Bréfritari: Ólafur Ólafsson
Viðtakandi: Jón Borgfirðingur
Dagsetning: A-1856-03-07

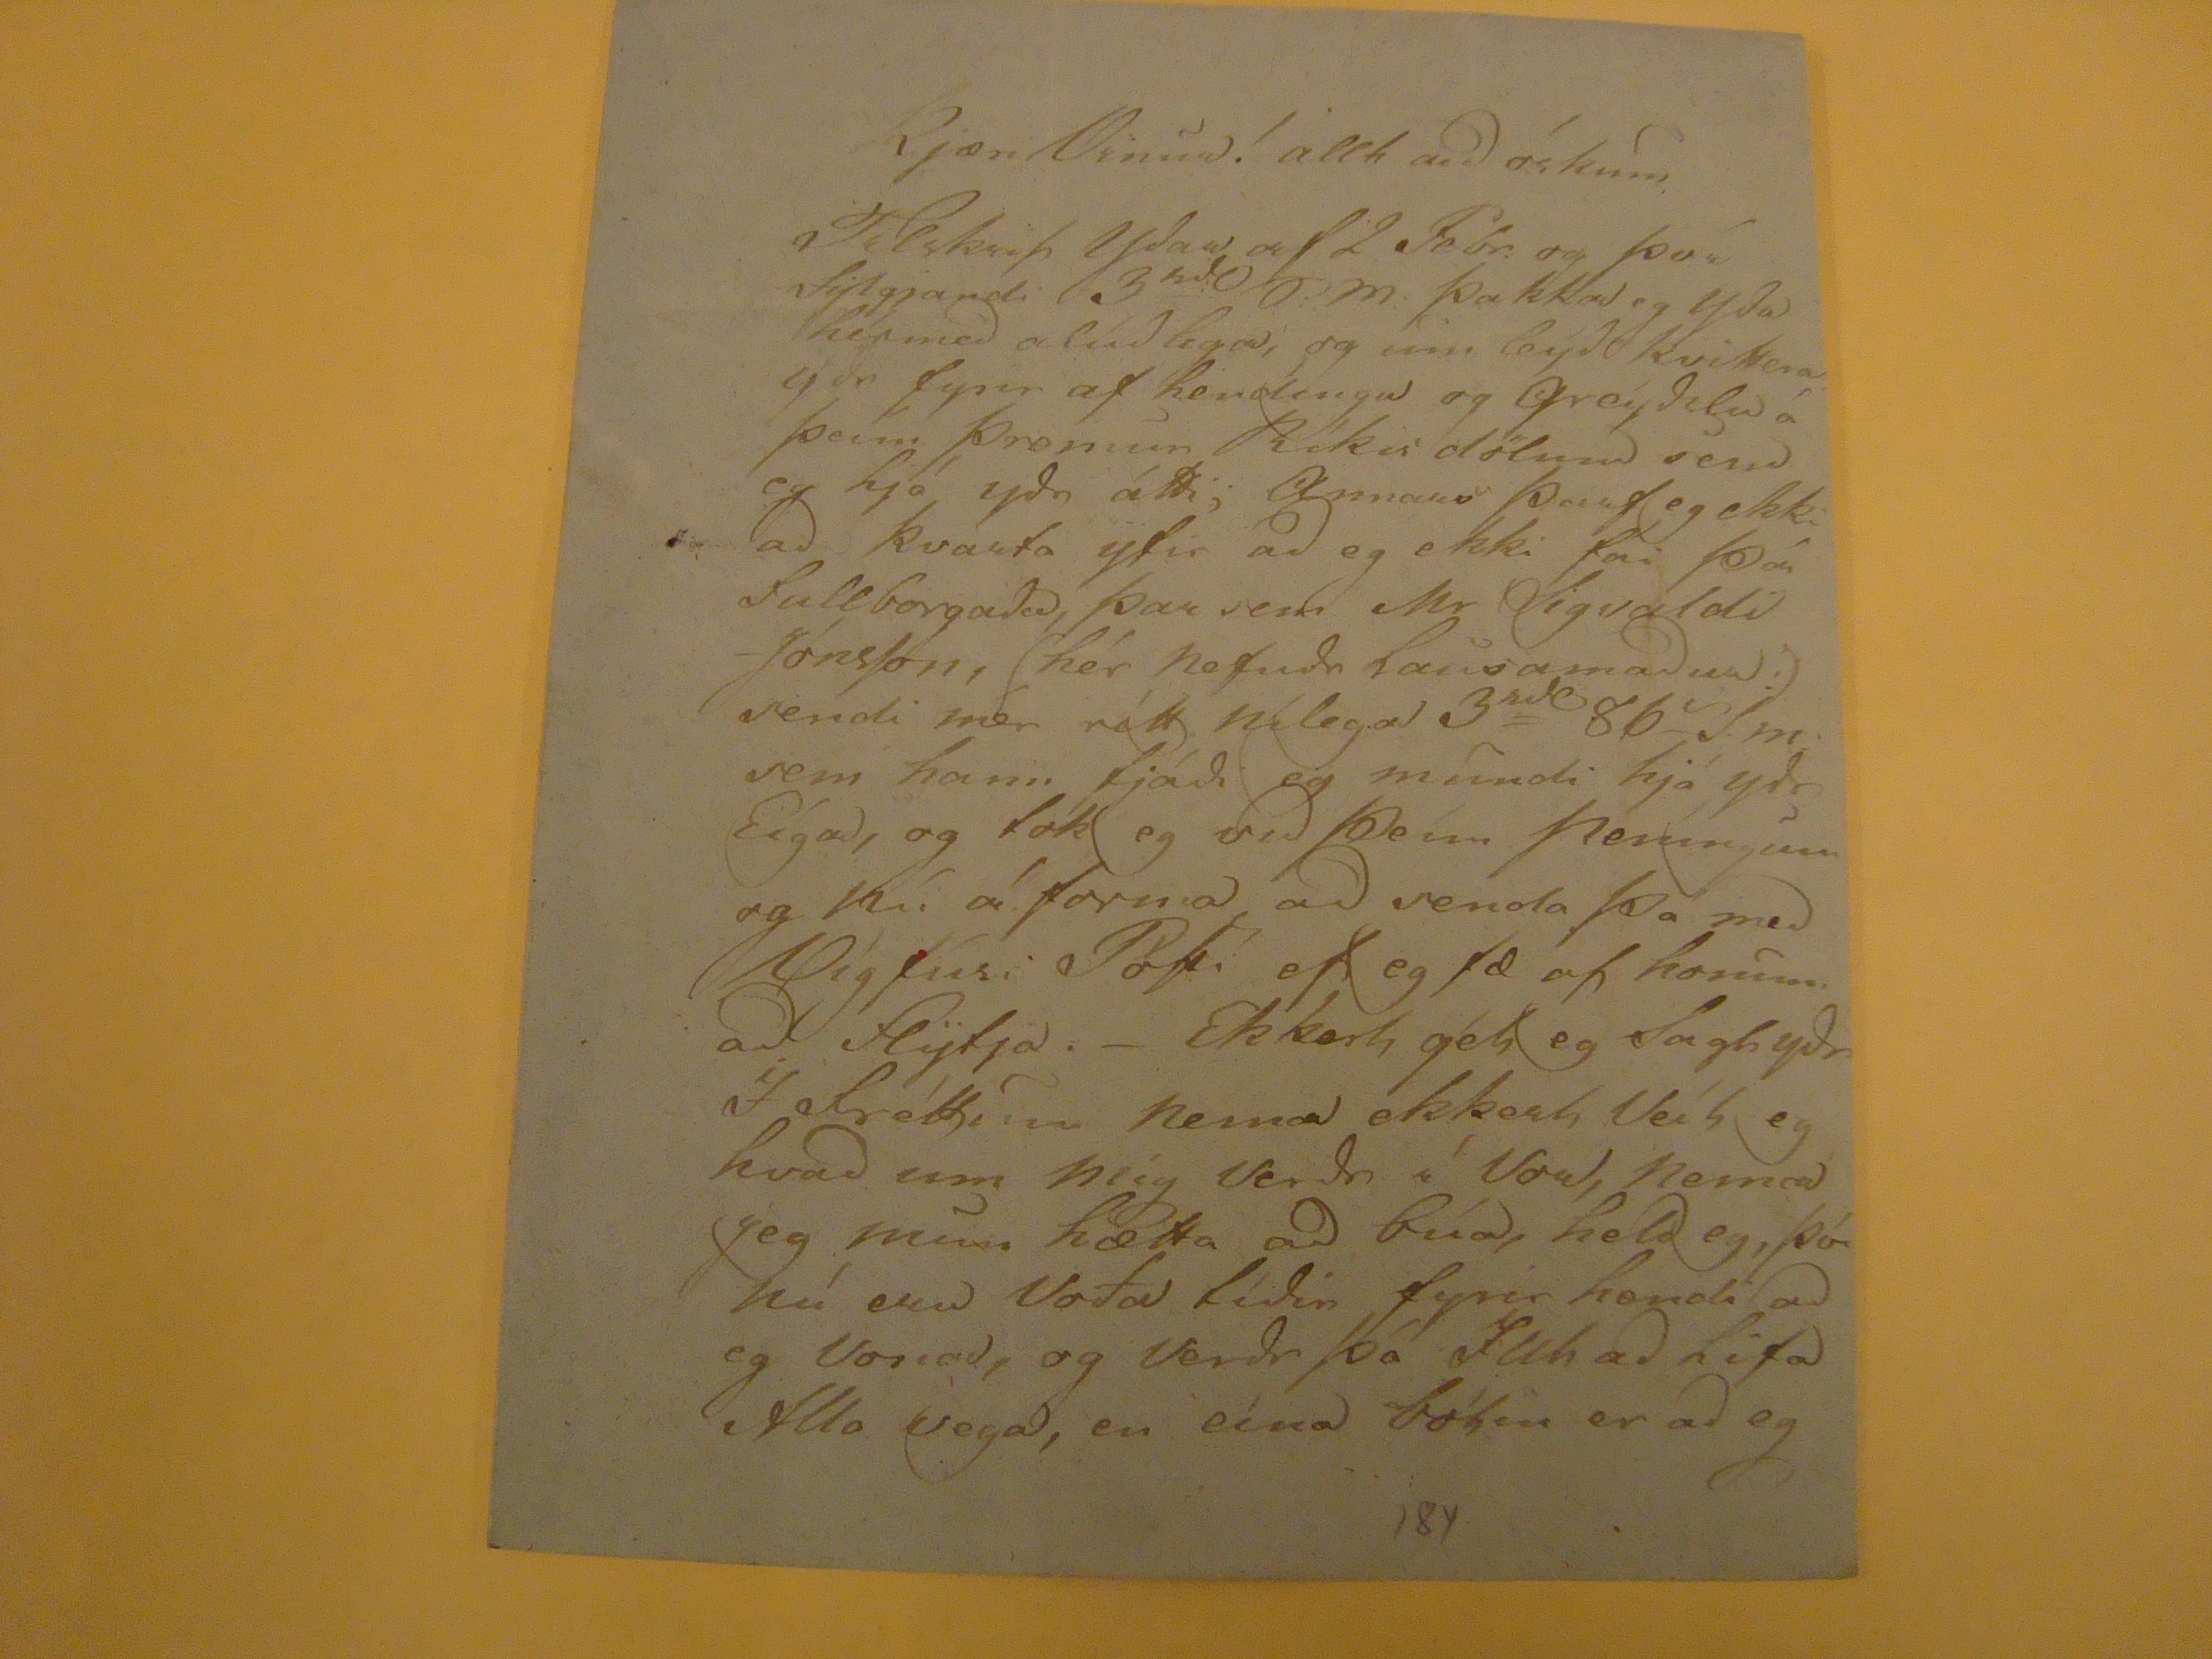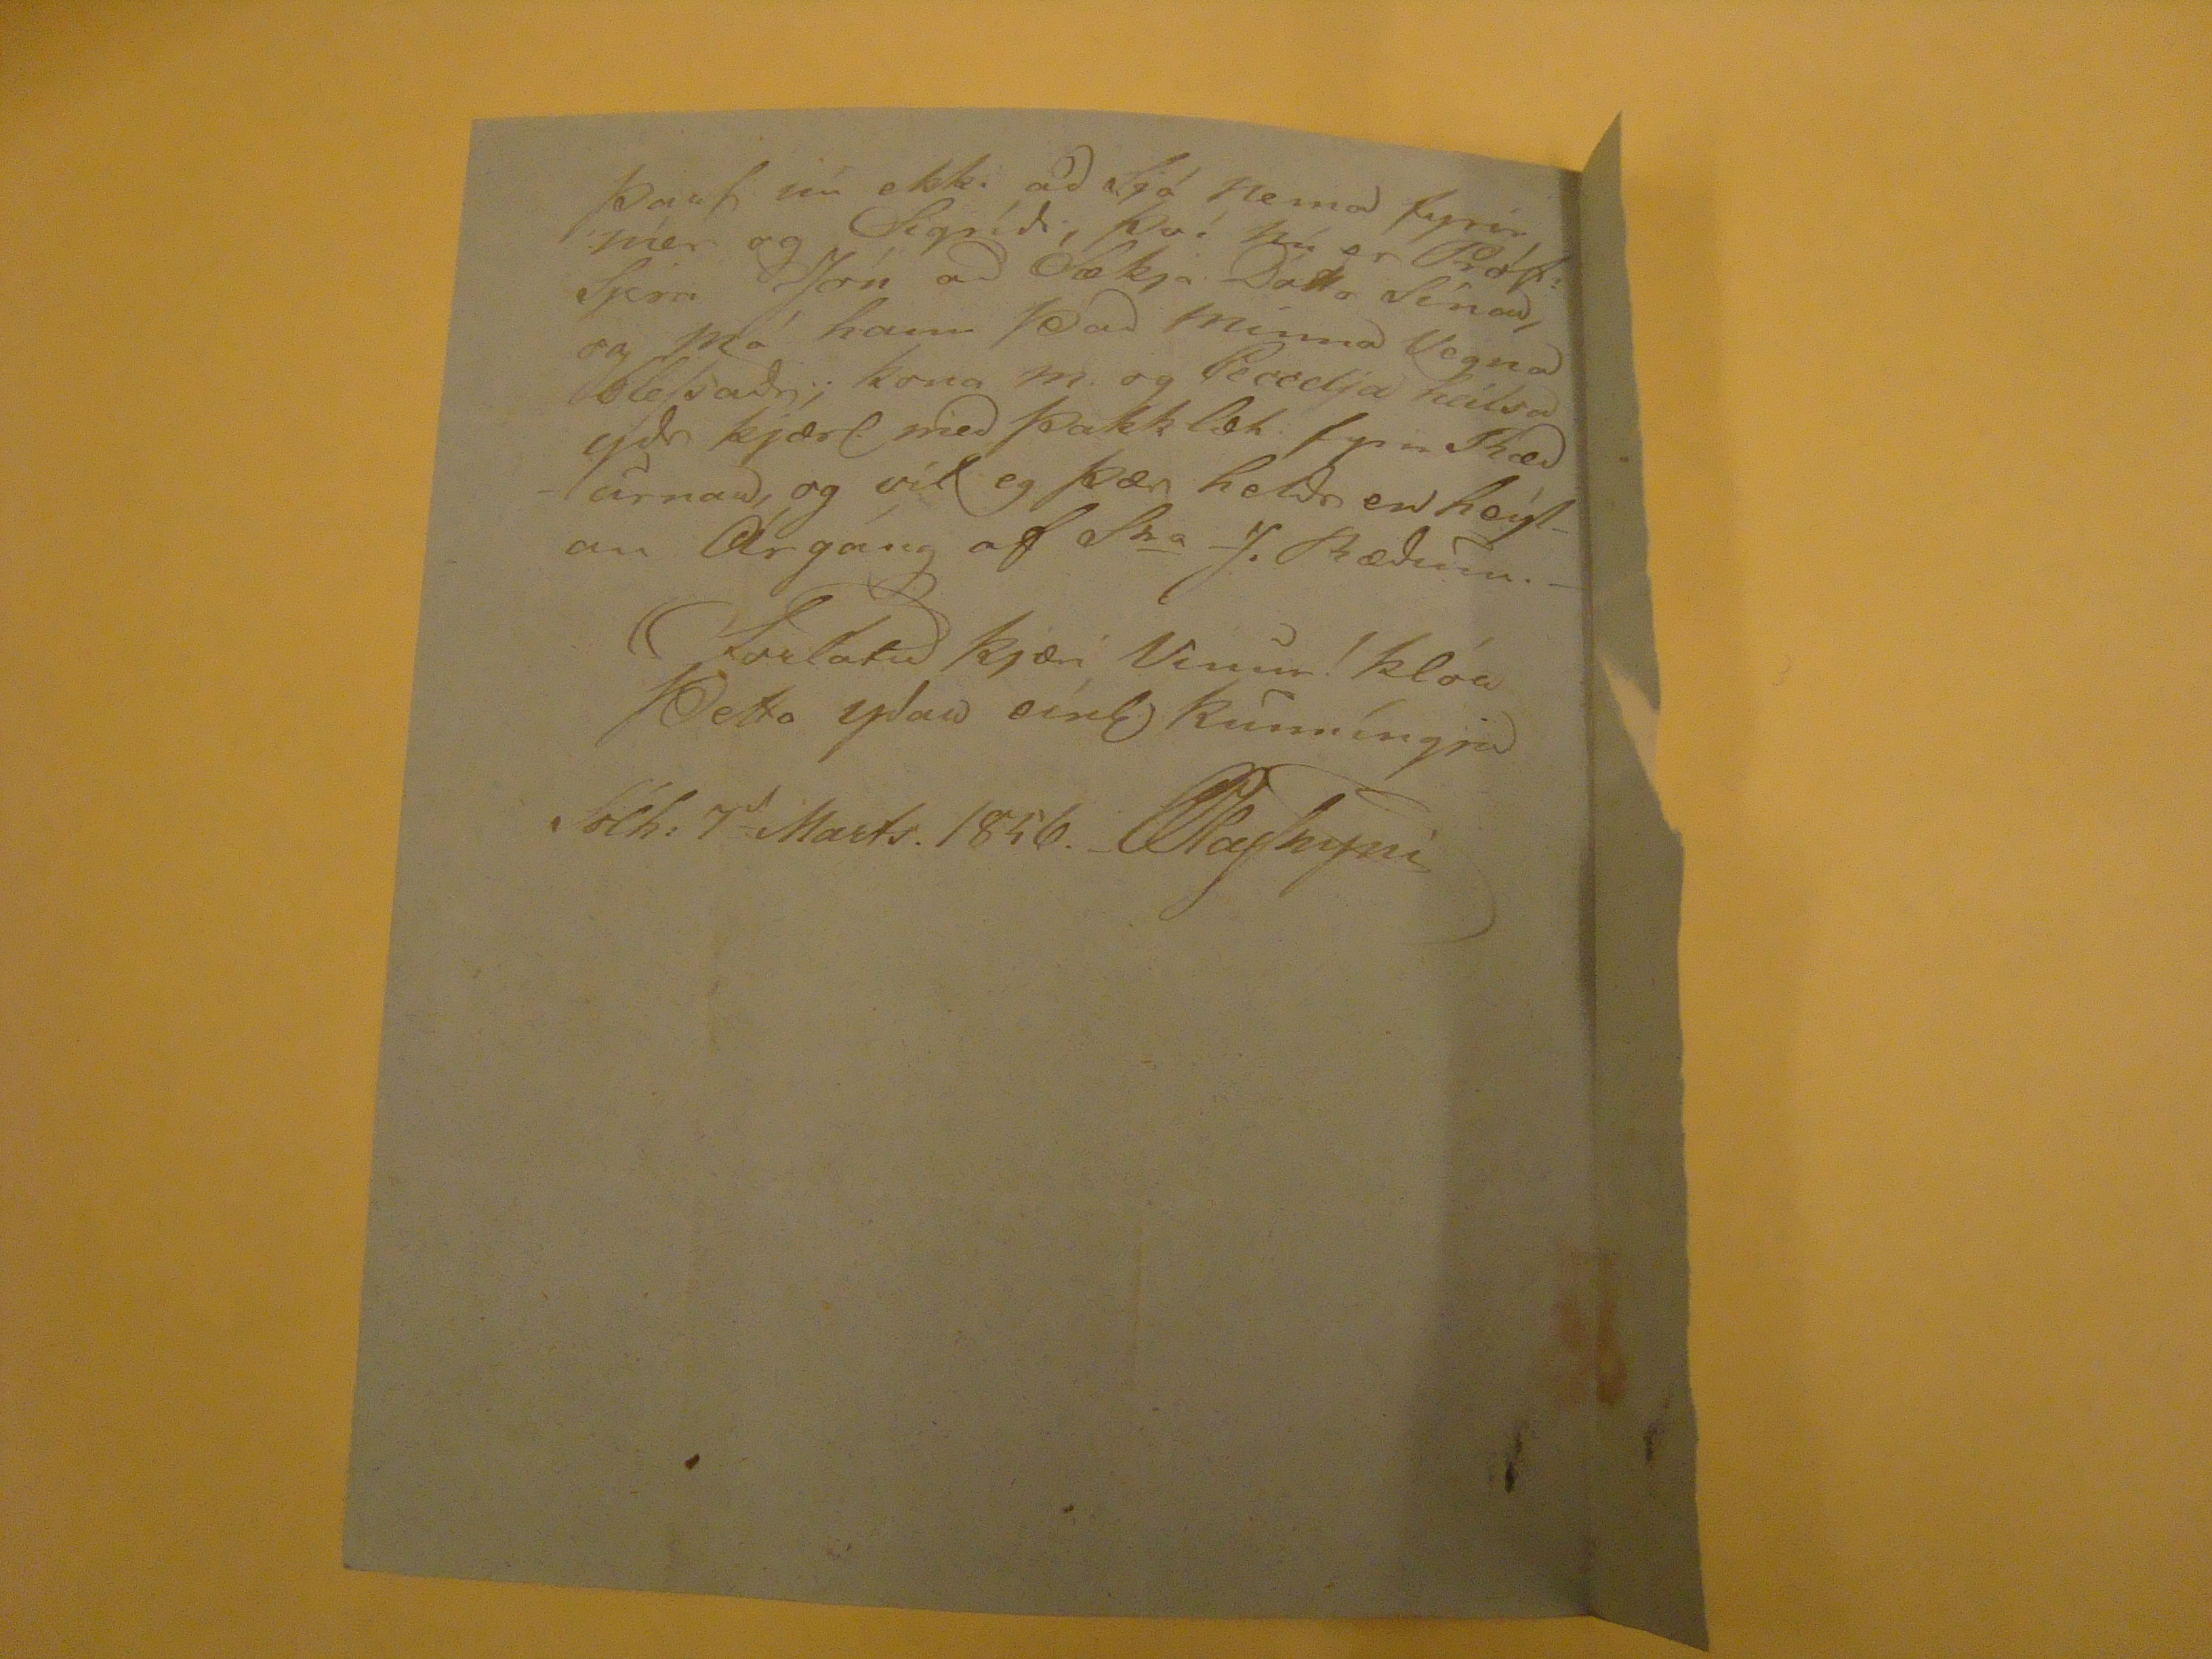

Kjæri Vinur! allt ad óskum
Tilskrif Ydar af 2 Febr. og því fylgjandi 3
rd
o.m. þakka eg yda hér med alúdlega, og um leýd kvittera ydr fyrir af hendíngu og Greydsla á þeim þremur Ríkis dölum sem eg hjá ydr átti, Annars þarf eg ekki ad kvart yfir ad eg ekki fái því fullborgada, þar sem Mr Sigvaldi JónsSon, hér hefudr lausamadur sendi mér rétt nílega 3rd 86s S.m. sem hann fjádi eg mundi hjá ydr Eigad, og tók eg vid þeim peníngum og nú á fórna ad senda þá med Sigfúsi Pósti ef eg fæ af honum ad flÿtja.- Ekkert get eg Sagt ydr Í fréttum nema ekkert Veit eg kvad um mig verdr í Vor, nema jeg muni hætta ad búa, held eg, þó nú eru Voða lídin fyrir hendi ad eg vonad, og verdr þó Illt ad lifa Alla vega, en eina bókin er ad eg
þarf nú ekki ad Sjá nema fyrir mér og Sigrídi, því nú er
Próf.
Sjera Jon ad Sækja Dóttr Sínar, og má hann þad minna vegna BleSsadr, kona m. og Sesselja heilsa ydr kjærl. med þakklæt fyrir
Bædurnar
, og vil eg þær heldr en heilan Árgáng af
Sra
J. Bækum.-
furlátud
kjæri Vinur! klóa Þetta ydar einl kunníngja
slh
: 7a Marts. 1856. OlafSsyni